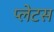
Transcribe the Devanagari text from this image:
प्लेटस